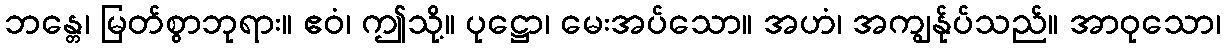
ဘန္တေ၊ မြတ်စွာဘုရား။ ဧဝံ၊ ဤသို့။ ပုဋ္ဌော၊ မေးအပ်သော။ အဟံ၊ အကျွန်ုပ်သည်။ အာဝုသော၊